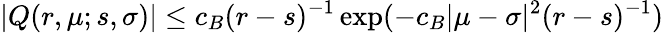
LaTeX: |Q(r,\mu;s,\sigma)|\leq c_{B}(r-s)^{-1}\exp(-c_{B}|\mu-\sigma|^{2}(r-s)^{-1})